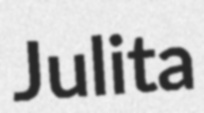
Julita